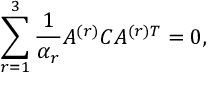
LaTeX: \sum _ { r = 1 } ^ { 3 } { \frac { 1 } { \alpha _ { r } } } A ^ { ( r ) } C A ^ { ( r ) T } = 0 ,